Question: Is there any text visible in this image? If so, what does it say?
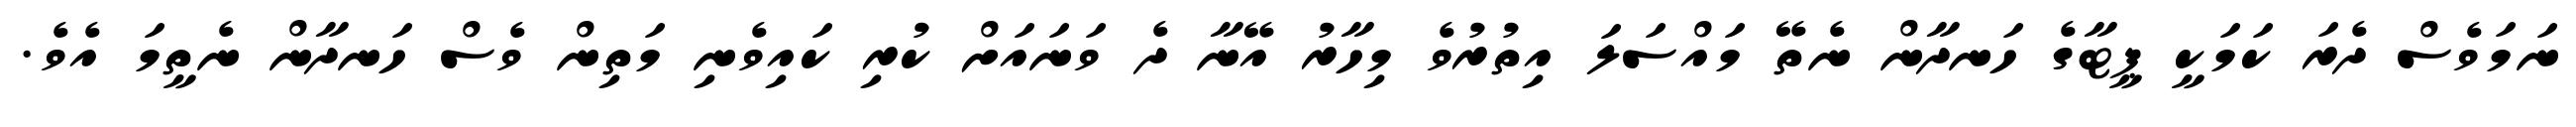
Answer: ނަމަވެސް ދެރަ ކަމަކީ ޕީޓާގެ ހަނދާން ނެތޭ މައްސަލަ އިތުރުވެ މިހާރު އޭނާ ދެ ވަނައަށް ކުރި ކައިވެނި މަތިން ވެސް ހަނދާން ނެތީމަ އެވެ.